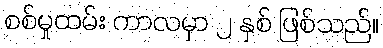
စစ်မှုထမ်း ကာလမှာ ၂ နှစ် ဖြစ်သည်။